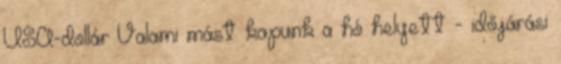
USA-dollár Valami mást kapunk a hó helyett - időjárási